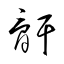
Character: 骭